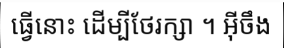
ធ្វើនោះ ដើម្បីថែរក្សា ។ អ៊ីចឹង